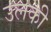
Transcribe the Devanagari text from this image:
उलकी